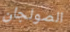
الصولجان